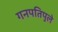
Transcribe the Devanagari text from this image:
गनपतिपुले